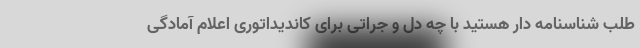
طلب شناسنامه دار هستید با چه دل و جراتی برای کاندیداتوری اعلام آمادگی